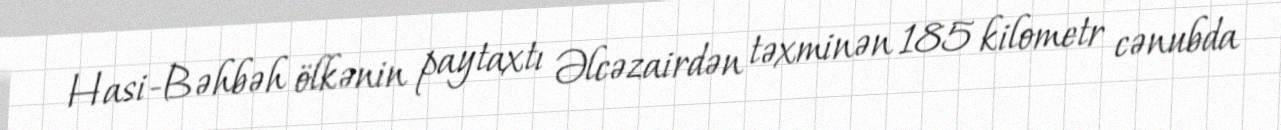
Hasi-Bəhbəh ölkənin paytaxtı Əlcəzairdən təxminən 185 kilometr cənubda